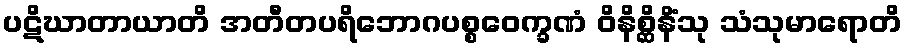
ပဋိဃာတာယာတိ အတီတပရိဘောဂပစ္စဝေက္ခဏံ ဝိနိစ္ဆိနိံသု သံသုမာရောတိ